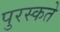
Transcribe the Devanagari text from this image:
पुरस्कते